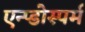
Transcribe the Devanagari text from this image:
एन्प्डोस्पर्म